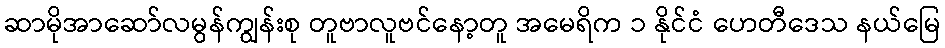
ဆာမိုအာဆော်လမွန်ကျွန်းစု တူဗာလူဗင်နော့တူ အမေရိက ၁ နိုင်ငံ ဟေတီဒေသ နယ်မြေ